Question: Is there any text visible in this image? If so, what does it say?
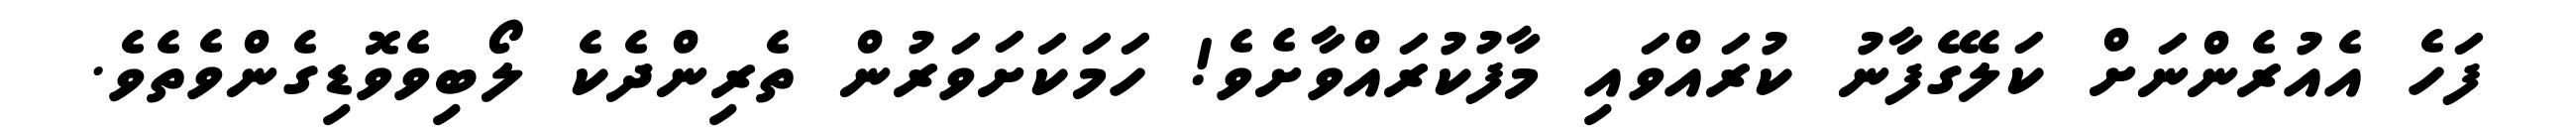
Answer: ފަހެ އެއުރެންނަށް ކަލޭގެފާނު ކުރައްވައި މާފުކުރައްވާށެވެ! ހަމަކަށަވަރުން ތެރިންދެކެ ލޯބިވެވޮޑިގެންވެތެވެ.